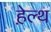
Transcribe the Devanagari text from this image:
हे़ल्थ